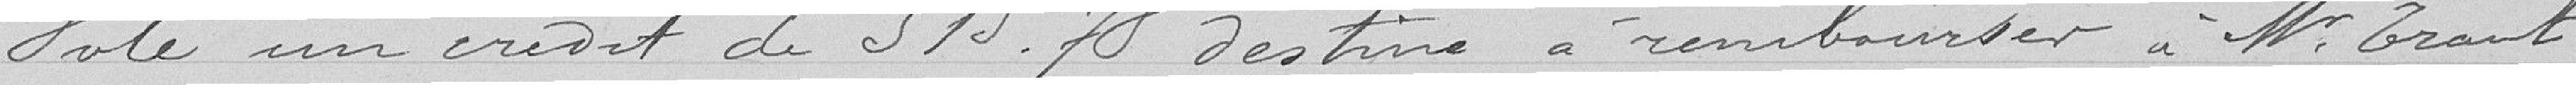
Vote un crédit de 515 francs 78 destiné à rembourser à Monsieur Grant